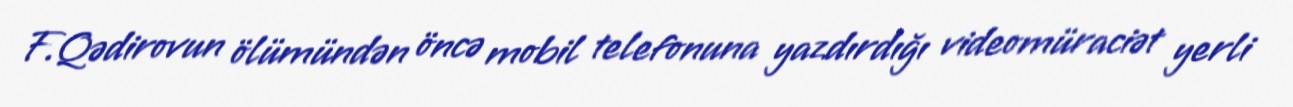
F.Qədirovun ölümündən öncə mobil telefonuna yazdırdığı videomüraciət yerli